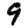
Digit: 9